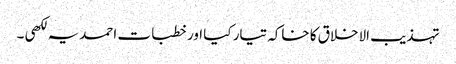
تہذیب الاخلاق کا خاکہ تیار کیا اور خطبات احمدیہ لکھی ۔